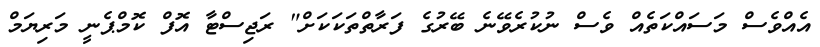
އެއްވެސް މަސައްކަތެއް ވެސް ނުކުރެވޭނެ ބޭރުގެ ފަރާތްތަކަކަށް" ރަޖިސްޓާ އޮފް ކޮމްޕެނީ މަރިޔަމް